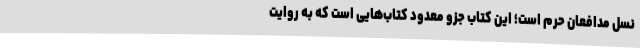
نسل مدافعان حرم است؛ این کتاب جزو معدود کتاب‌هایی است که به روایت